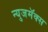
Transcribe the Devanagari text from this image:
न्युजमॅक्स